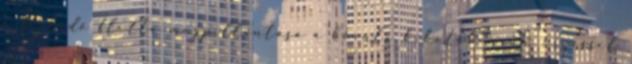
a fejlődő flotta megpillantása a bővülő kikötőben. Jó érzéssel